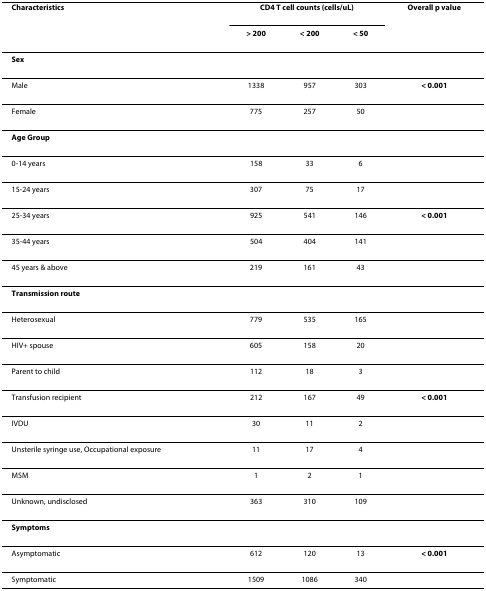
| Characteristics | <COLSPAN=3> CD4 T cell counts (cells/uL) | Overall p value |
 |  | > 200 | < 200 | < 50 |  |
 | --- | --- | --- | --- | --- |
 | <COLSPAN=5> Sex |
 | Male | 1338 | 957 | 303 | < 0.001 |
 | Female | 775 | 257 | 50 |  |
 | <COLSPAN=5> Age Group |
 | 0-14 years | 158 | 33 | 6 |  |
 | 15-24 years | 307 | 75 | 17 |  |
 | 25-34 years | 925 | 541 | 146 | < 0.001 |
 | 35-44 years | 504 | 404 | 141 |  |
 | 45 years & above | 219 | 161 | 43 |  |
 | <COLSPAN=5> Transmission route |
 | Heterosexual | 779 | 535 | 165 |  |
 | HIV+ spouse | 605 | 158 | 20 |  |
 | Parent to child | 112 | 18 | 3 |  |
 | Transfusion recipient | 212 | 167 | 49 | < 0.001 |
 | IVDU | 30 | 11 | 2 |  |
 | Unsterile syringe use, Occupational exposure | 11 | 17 | 4 |  |
 | MSM | 1 | 2 | 1 |  |
 | Unknown, undisclosed | 363 | 310 | 109 |  |
 | <COLSPAN=5> Symptoms |
 | Asymptomatic | 612 | 120 | 13 | < 0.001 |
 | Symptomatic | 1509 | 1086 | 340 |  |